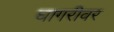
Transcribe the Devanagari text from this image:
घागरीवर